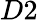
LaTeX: D2